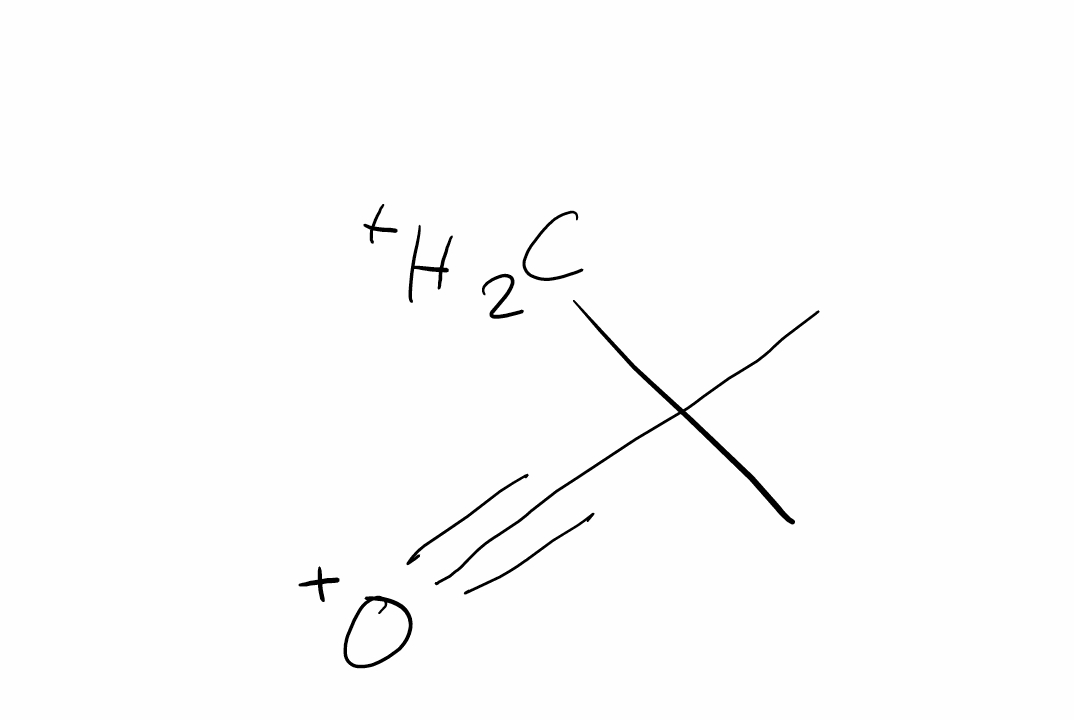
Simplified molecular-input line-entry system (SMILES) notation of the given molecule:
CC(C)([CH2+])C#[O+]